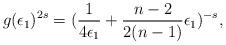
LaTeX: \begin{align*}g(\epsilon_1)^{2s}=(\frac{1}{4\epsilon_1}+\frac{n-2}{2(n-1)}\epsilon_1)^{-s},\end{align*}